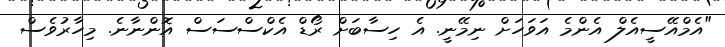
"އެމްއޭސީއެލް އެންމެ އަވަހަށް ނިމޭނީ. އެ ހިސާބަށް ރޯޑް އެކްސްސަސް އޮންނާނެ. މިހާރުވެސް